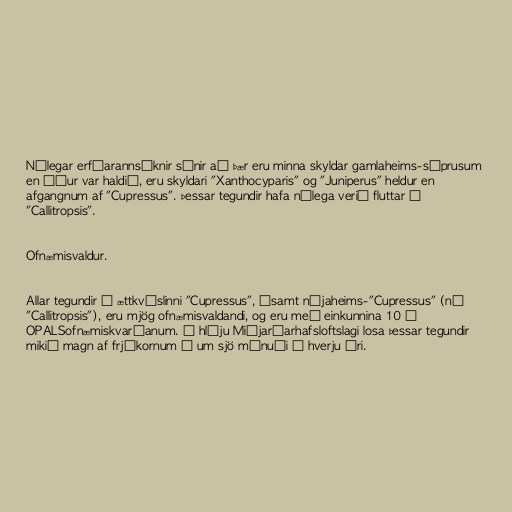
Nýlegar erfðarannsóknir sýnir að þær eru minna skyldar gamlaheims-sýprusum
en áður var haldið, eru skyldari "Xanthocyparis" og "Juniperus" heldur en
afgangnum af "Cupressus". Þessar tegundir hafa nýlega verið fluttar í
"Callitropsis".

Ofnæmisvaldur.

Allar tegundir í ættkvíslinni "Cupressus", ásamt nýjaheims-"Cupressus" (nú
"Callitropsis"), eru mjög ofnæmisvaldandi, og eru með einkunnina 10 á
OPALSofnæmiskvarðanum. Í hlýju Miðjarðarhafsloftslagi losa þessar tegundir
mikið magn af frjókornum í um sjö mánuði á hverju ári.